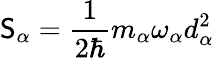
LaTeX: \mathsf{S}_{\alpha}=\frac{{1}}{{2\hbar}}m_{\alpha}\omega_{\alpha}d_{\alpha}^{2}